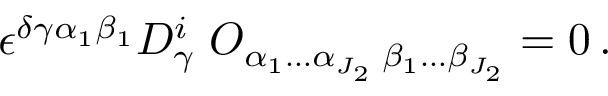
\epsilon ^ { \delta \gamma \alpha _ { 1 } \beta _ { 1 } } D _ { \gamma } ^ { i } \; { \cal O } _ { \alpha _ { 1 } \ldots \alpha _ { J _ { 2 } } \; \beta _ { 1 } \ldots \beta _ { J _ { 2 } } } = 0 \, .